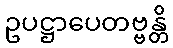
ဥပဋ္ဌာပေတဗ္ဗန္တိ